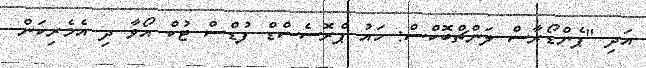
އަދި "ޕެންޑޯރާސް ލަންޗްބޮކްސް: ހައު ޕްރޮސެސްޑް ފުޑްސް ޓުކް އޯވާ ދި އެމެރިކަން